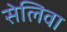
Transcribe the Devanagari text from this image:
सेलिवा